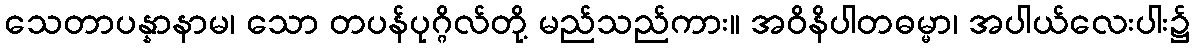
သေတာပန္နာနာမ၊ သော တပန်ပုဂ္ဂိလ်တို့ မည်သည်ကား။ အဝိနိပါတဓမ္မာ၊ အပါယ်လေးပါး၌